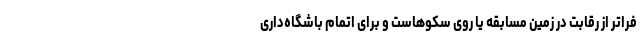
فراتر از رقابت در زمین مسابقه یا روی سکوهاست و برای اتمام باشگاه‌داری